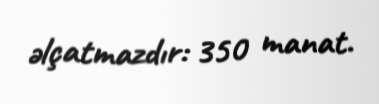
əlçatmazdır: 350 manat.